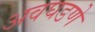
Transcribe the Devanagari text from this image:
अवघडणे